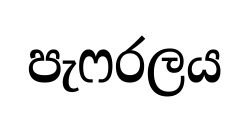
පැෆරලය